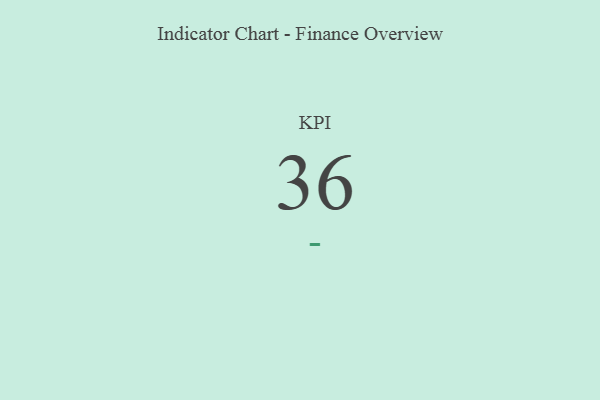
{"axis": {"x": "KPI", "y": "Value"}, "legend": [""], "data": [{"x": "KPI", "y": 36, "type": ""}]}